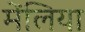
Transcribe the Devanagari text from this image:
मेंलिया